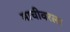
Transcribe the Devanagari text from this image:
माचीवरला